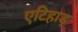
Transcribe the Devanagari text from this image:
एटिहाड़